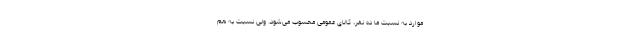
موارد به نسبت ما ده نفر، کالای عمومی محسوب می‌شود. ولی نسبت به هم